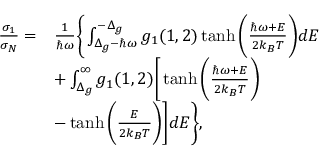
\begin{array} { r l } { \frac { \sigma _ { 1 } } { \sigma _ { N } } = } & { \frac { 1 } { \hbar \omega } \bigg \{ \int _ { \Delta _ { g } - \hbar \omega } ^ { - \Delta _ { g } } g _ { 1 } ( 1 , 2 ) \operatorname { t a n h } \bigg ( \frac { \hbar \omega + E } { 2 k _ { B } T } \bigg ) d E } \\ & { + \int _ { \Delta _ { g } } ^ { \infty } g _ { 1 } ( 1 , 2 ) \bigg [ \operatorname { t a n h } \bigg ( \frac { \hbar \omega + E } { 2 k _ { B } T } \bigg ) } \\ & { - \operatorname { t a n h } \bigg ( \frac { E } { 2 k _ { B } T } \bigg ) \bigg ] d E \bigg \} , } \end{array}